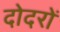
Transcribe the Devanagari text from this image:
दोदरों